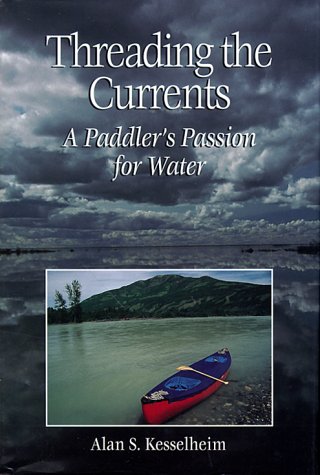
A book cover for Threading the Currents : A Paddler's Passion For Water; Alan S. Kesselheim; Sports & Outdoors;